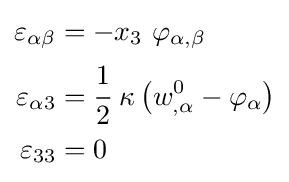
{\begin{aligned}\varepsilon _{\alpha \beta }&=-x_{3}~\varphi _{\alpha ,\beta }\\\varepsilon _{\alpha 3}&={\cfrac {1}{2}}~\kappa \left(w_{,\alpha }^{0}-\varphi _{\alpha }\right)\\\varepsilon _{33}&=0\end{aligned}}